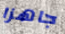
جاهزا